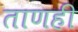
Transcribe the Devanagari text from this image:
ताणही